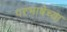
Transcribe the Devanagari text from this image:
परभाषेच्या